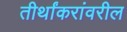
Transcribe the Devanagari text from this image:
तीर्थांकरांवरील